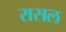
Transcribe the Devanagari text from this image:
रासल